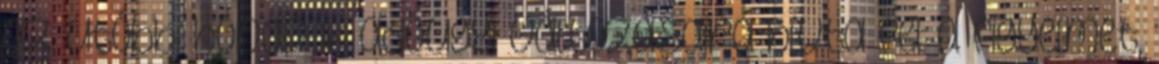
az utóbbi hónapok adóügyi változásaira hívta fel a figyelmet,